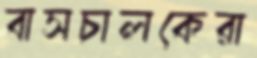
বাসচালকেরা